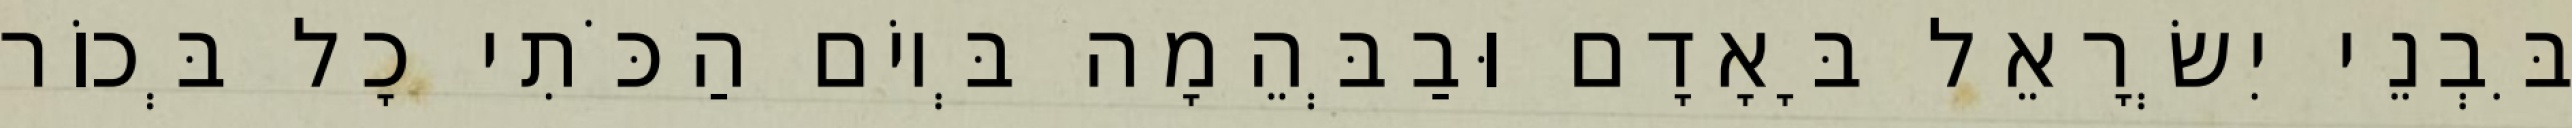
בִּבְנֵי יִשְׂרָאֵל בָּאָדָם וּבַבְּהֵמָה בְּיוֹם הַכֹּתִי כָל בְּכוֹר